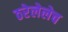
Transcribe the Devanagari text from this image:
ठरेलेलेच